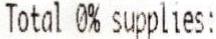
TOTAL 0% SUPPLIES: